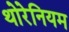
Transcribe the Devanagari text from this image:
थोरेनियम